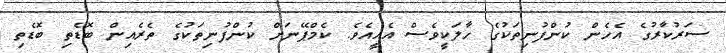
ސަރުކާރުގެ އެހެން ކުންފުނިތަކުގެ ހާލަކީވެސް އެއީއެވެ. ކެމްޕޭނަށް ކުންފުނިތަކުގެ ތެރެއިން ބޮޑެތި ބޮޑެތި